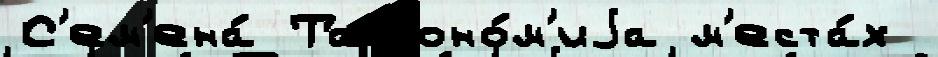
С'ем'ена́ Таксоно́м'иjа м'еста́х